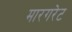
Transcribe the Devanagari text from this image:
मारगरेट